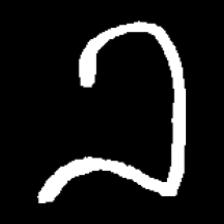
Pyu character \u2014 Myanmar letter: ခ (romanized: kha)